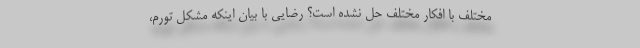
مختلف با افکار مختلف حل نشده است؟ رضایی با بیان اینکه مشکل تورم،